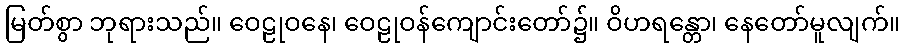
မြတ်စွာ ဘုရားသည်။ ဝေဠုဝနေ၊ ဝေဠုဝန်ကျောင်းတော်၌။ ဝိဟရန္တော၊ နေတော်မူလျက်။